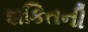
શકિતની